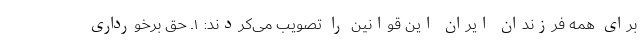
برای همه فرزندان ایران این قوانین را تصویب می‌کردند: ۱ـ حق برخورداری